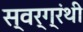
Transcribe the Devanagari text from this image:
स्वर्ग्रंथी